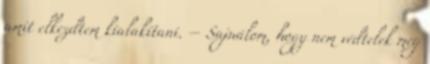
amit elkezdtem kialakítani. – Sajnálom, hogy nem védtelek meg